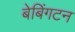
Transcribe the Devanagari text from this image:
बेबिंगटन